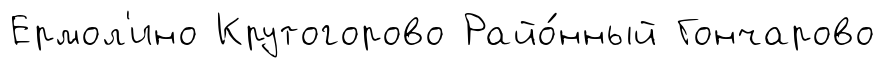
Ермол'ино Крутогорово Райо́нный Гончарово